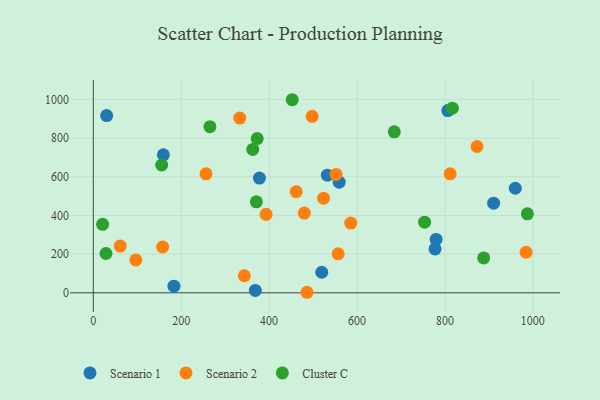
{"axis": {"x": "Investment", "y": "Salary"}, "legend": ["Cluster C", "Scenario 1", "Scenario 2"], "data": [{"x": "532.6", "y": 608.2, "type": "Scenario 1"}, {"x": "559.4", "y": 571.7, "type": "Scenario 1"}, {"x": "780.0", "y": 275.9, "type": "Scenario 1"}, {"x": "960.2", "y": 540.3, "type": "Scenario 1"}, {"x": "378.0", "y": 593.2, "type": "Scenario 1"}, {"x": "910.9", "y": 463.3, "type": "Scenario 1"}, {"x": "159.5", "y": 713.1, "type": "Scenario 1"}, {"x": "777.6", "y": 226.7, "type": "Scenario 1"}, {"x": "183.4", "y": 34.1, "type": "Scenario 1"}, {"x": "806.7", "y": 941.9, "type": "Scenario 1"}, {"x": "30.4", "y": 916.1, "type": "Scenario 1"}, {"x": "368.7", "y": 12.4, "type": "Scenario 1"}, {"x": "519.8", "y": 106.2, "type": "Scenario 1"}, {"x": "393.1", "y": 405.4, "type": "Scenario 2"}, {"x": "498.0", "y": 912.0, "type": "Scenario 2"}, {"x": "157.8", "y": 236.8, "type": "Scenario 2"}, {"x": "523.9", "y": 488.7, "type": "Scenario 2"}, {"x": "984.7", "y": 209.7, "type": "Scenario 2"}, {"x": "461.7", "y": 522.3, "type": "Scenario 2"}, {"x": "343.7", "y": 88.0, "type": "Scenario 2"}, {"x": "333.2", "y": 903.0, "type": "Scenario 2"}, {"x": "585.8", "y": 360.2, "type": "Scenario 2"}, {"x": "486.3", "y": 2.7, "type": "Scenario 2"}, {"x": "61.2", "y": 241.7, "type": "Scenario 2"}, {"x": "812.0", "y": 614.9, "type": "Scenario 2"}, {"x": "552.3", "y": 611.9, "type": "Scenario 2"}, {"x": "873.2", "y": 756.2, "type": "Scenario 2"}, {"x": "480.1", "y": 412.2, "type": "Scenario 2"}, {"x": "96.8", "y": 169.8, "type": "Scenario 2"}, {"x": "256.5", "y": 615.0, "type": "Scenario 2"}, {"x": "557.2", "y": 201.6, "type": "Scenario 2"}, {"x": "684.9", "y": 832.0, "type": "Cluster C"}, {"x": "817.0", "y": 954.5, "type": "Cluster C"}, {"x": "28.8", "y": 203.1, "type": "Cluster C"}, {"x": "21.2", "y": 353.8, "type": "Cluster C"}, {"x": "362.8", "y": 741.0, "type": "Cluster C"}, {"x": "372.9", "y": 797.1, "type": "Cluster C"}, {"x": "452.6", "y": 998.0, "type": "Cluster C"}, {"x": "987.7", "y": 408.2, "type": "Cluster C"}, {"x": "753.8", "y": 365.1, "type": "Cluster C"}, {"x": "155.6", "y": 660.7, "type": "Cluster C"}, {"x": "371.0", "y": 470.0, "type": "Cluster C"}, {"x": "888.3", "y": 180.2, "type": "Cluster C"}, {"x": "265.4", "y": 858.8, "type": "Cluster C"}]}